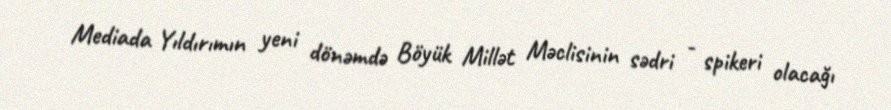
Mediada Yıldırımın yeni dönəmdə Böyük Millət Məclisinin sədri - spikeri olacağı